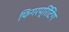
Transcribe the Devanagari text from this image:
फिंगरप्रिंटिंग